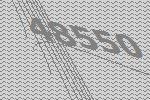
48550